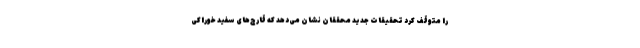
را متوقف کرد تحقیقات جدید محققان نشان می‌دهد که قارچ‌های سفید خوراکی